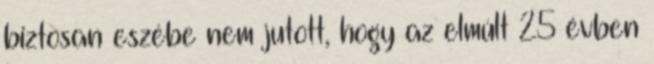
biztosan eszébe nem jutott, hogy az elmúlt 25 évben